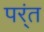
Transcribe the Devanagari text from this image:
पर्ंत